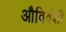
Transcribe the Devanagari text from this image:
औविवंशी